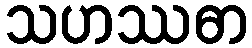
သဟဿဓာ